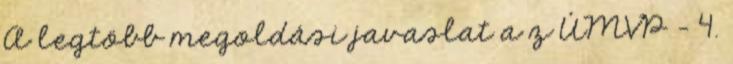
A legtöbb megoldási javaslat a z ÚMVP - 4.